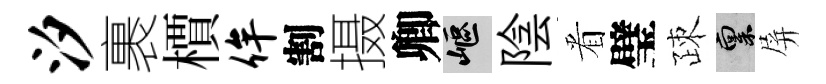
汐裹檟侔割摄卿嶇陰㸔璧疎禀屏